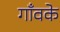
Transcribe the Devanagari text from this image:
गाँवके